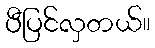
ပီပြင်လှတယ်။